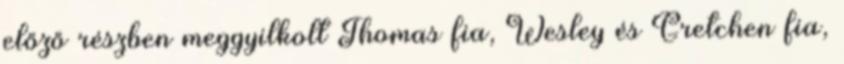
előző részben meggyilkolt Thomas fia, Wesley és Gretchen fia,